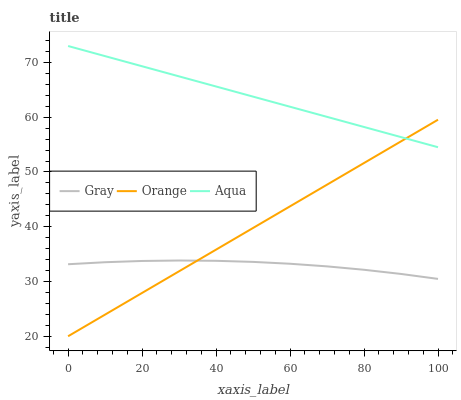
| xaxis_label | Gray | Orange | Aqua |
 | --- | --- | --- | --- |
 | 0 | 33.2 | 20 | 73 |
 | 10 | 33.5 | 24 | 71.2 |
 | 20 | 33.7 | 27.9 | 69.3 |
 | 30 | 33.8 | 31.9 | 67.5 |
 | 40 | 33.8 | 35.8 | 65.6 |
 | 50 | 33.6 | 39.8 | 63.8 |
 | 60 | 33.2 | 43.7 | 61.9 |
 | 70 | 32.8 | 47.7 | 60.1 |
 | 80 | 32.1 | 51.6 | 58.2 |
 | 90 | 31.4 | 55.6 | 56.4 |
 | 100 | 30.5 | 59.5 | 54.5 |